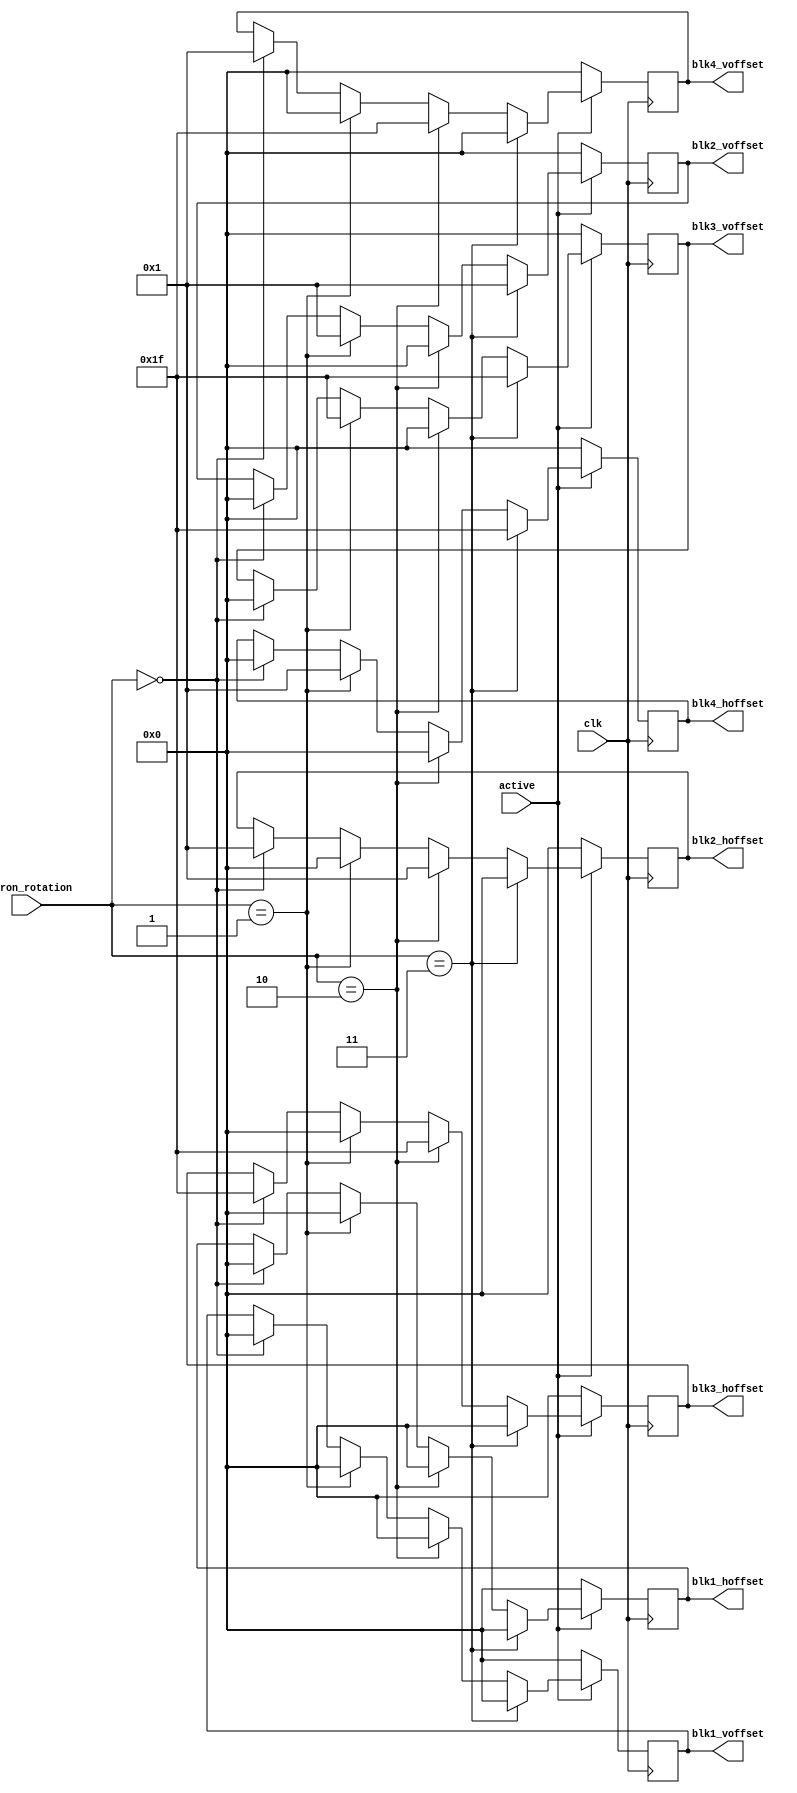
`default_nettype none
`timescale 1ns/1ns

module tetron_T_shaper(
    input wire clk,
    input wire active,
    input wire [2:0] tetron_rotation,
    output reg [4:0] blk1_voffset,
    output reg [4:0] blk1_hoffset,
    output reg [4:0] blk2_voffset,
    output reg [4:0] blk2_hoffset,
    output reg [4:0] blk3_voffset,
    output reg [4:0] blk3_hoffset,
    output reg [4:0] blk4_voffset,
    output reg [4:0] blk4_hoffset
);

    always @(posedge clk) begin
        if (!active) begin
            blk1_voffset <= 0;
            blk1_hoffset <= 0;
            blk2_voffset <= 0;
            blk2_hoffset <= 0;
            blk3_voffset <= 0;
            blk3_hoffset <= 0;
            blk4_voffset <= 0;
            blk4_hoffset <= 0;
        end else begin
            if (tetron_rotation == 3'd0) begin
                blk1_voffset <= 0;
                blk1_hoffset <= 0;

                blk2_voffset <= 0;
                blk2_hoffset <= 1;
                blk3_voffset <= 0;
                blk3_hoffset <= -1;
                
                blk4_voffset <= 1;
                blk4_hoffset <= 0;
            end

            if (tetron_rotation == 3'd1) begin
                blk1_voffset <= 0;
                blk1_hoffset <= 0;

                blk2_voffset <= 1;
                blk2_hoffset <= 0;
                blk3_voffset <= -1;
                blk3_hoffset <= 0;
                
                blk4_voffset <= 0;
                blk4_hoffset <= 1;

            end

            if (tetron_rotation == 3'd2) begin
                blk1_voffset <= 0;
                blk1_hoffset <= 0;

                blk2_voffset <= 0;
                blk2_hoffset <= 1;
                blk3_voffset <= 0;
                blk3_hoffset <= -1;
                
                blk4_voffset <= -1;
                blk4_hoffset <= 0;
            end

            if (tetron_rotation == 3'd3) begin
                blk1_voffset <= 0;
                blk1_hoffset <= 0;

                blk2_voffset <= 1;
                blk2_hoffset <= 0;
                blk3_voffset <= -1;
                blk3_hoffset <= 0;
                
                blk4_voffset <= 0;
                blk4_hoffset <= -1;
            end
        end
    end
endmodule